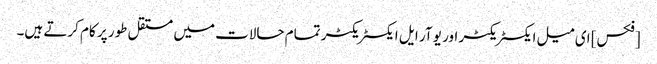
[فکس] ای میل ایکسٹریکٹر اور یو آر ایل ایکسٹریکٹر تمام حالات میں مستقل طور پر کام کرتے ہیں۔